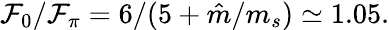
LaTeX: \mathcal{F}_{0}/\mathcal{F}_{\pi}=6/(5+\hat{{m}}/m_{s})\simeq1.05.